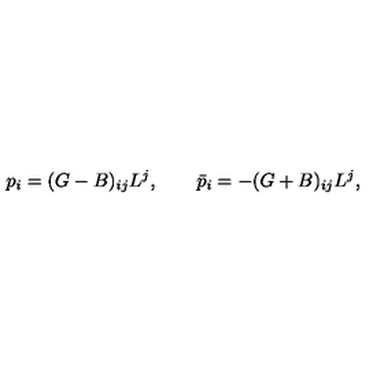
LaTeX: p _ { i } = ( G - B ) _ { i j } L ^ { j } , \qquad \bar { p } _ { i } = - ( G + B ) _ { i j } L ^ { j } ,